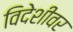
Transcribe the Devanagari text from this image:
विदेशीवर